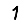
Digit: 1